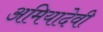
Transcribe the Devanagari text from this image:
अमियादेवी